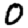
Digit: 0